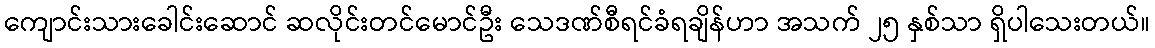
ကျောင်းသားခေါင်းဆောင် ဆလိုင်းတင်မောင်ဦး သေဒဏ်စီရင်ခံရချိန်ဟာ အသက် ၂၅ နှစ်သာ ရှိပါသေးတယ်။